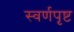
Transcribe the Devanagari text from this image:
स्वर्णपृष्ट